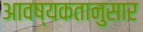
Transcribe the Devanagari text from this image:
आवष्यकतानुसार